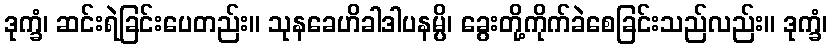
ဒုက္ခံ၊ ဆင်းရဲခြင်းပေတည်း။ သုနခေဟိခါဒါပနမ္ပိ၊ ခွေးတို့ကိုက်ခဲစေခြင်းသည်လည်း။ ဒုက္ခံ၊